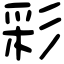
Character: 彩